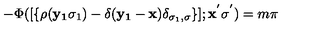
- \Phi ( [ \{ \rho ( { \bf { y _ { 1 } } } \sigma _ { 1 } ) - \delta ( { \bf { y _ { 1 } } } - { \bf { x } } ) \delta _ { \sigma _ { 1 } , \sigma } \} ] ; { \bf { x ^ { ' } } } \sigma ^ { ' } ) = m \pi